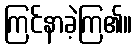
ကြင်နာခဲ့ကြ၏။